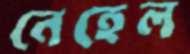
নেহেল